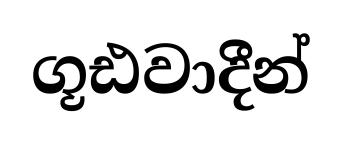
ගූඪවාදීන්